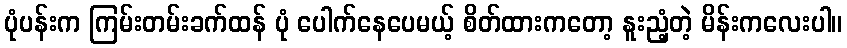
ပုံပန်းက ကြမ်းတမ်းခက်ထန် ပုံ ပေါက်နေပေမယ့် စိတ်ထားကတော့ နူးညံ့တဲ့ မိန်းကလေးပါ။